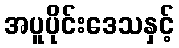
အပူပိုင်းဒေသနှင့်